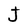
Character: J